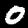
Digit: 0